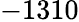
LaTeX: -1310